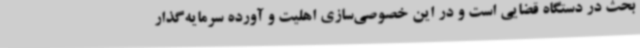
بحث در دستگاه قضایی است و در این خصوصی‌سازی اهلیت و آورده سرمایه‌گذار